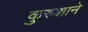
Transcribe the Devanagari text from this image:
कुरुशाने